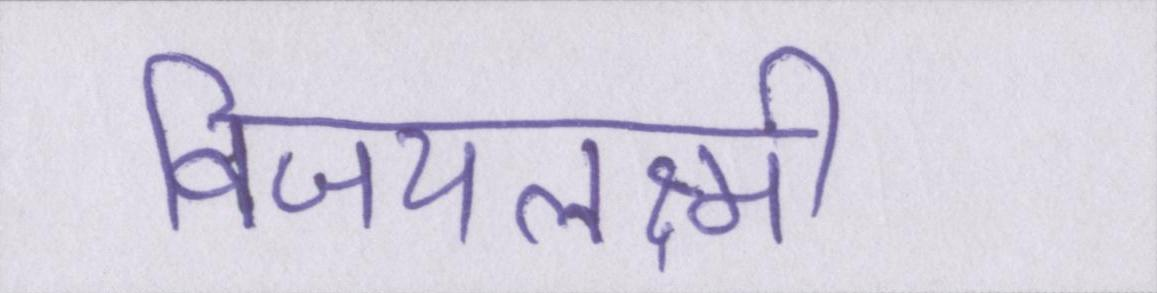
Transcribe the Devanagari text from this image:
विजयलक्ष्मी